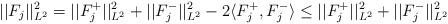
LaTeX: \begin{align*}||F_j||_{L^2}^2=||F_j^+||_{L^2}^2+||F_j^-||_{L^2}^2-2\langle F_j^+,F_j^-\rangle\leq||F_j^+||_{L^2}^2+||F_j^-||_{L^2}^2\end{align*}